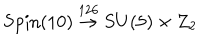
LaTeX: \textrm { S p i n } ( 1 0 ) \stackrel { 1 2 6 } { \rightarrow } S U ( 5 ) \times Z _ { 2 }